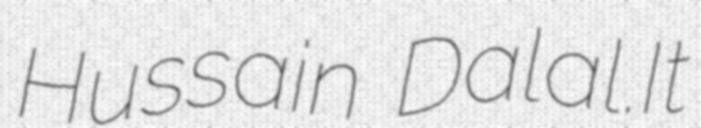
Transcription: Hussain Dalal.It